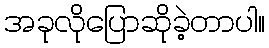
အခုလိုပြောဆိုခဲ့တာပါ။